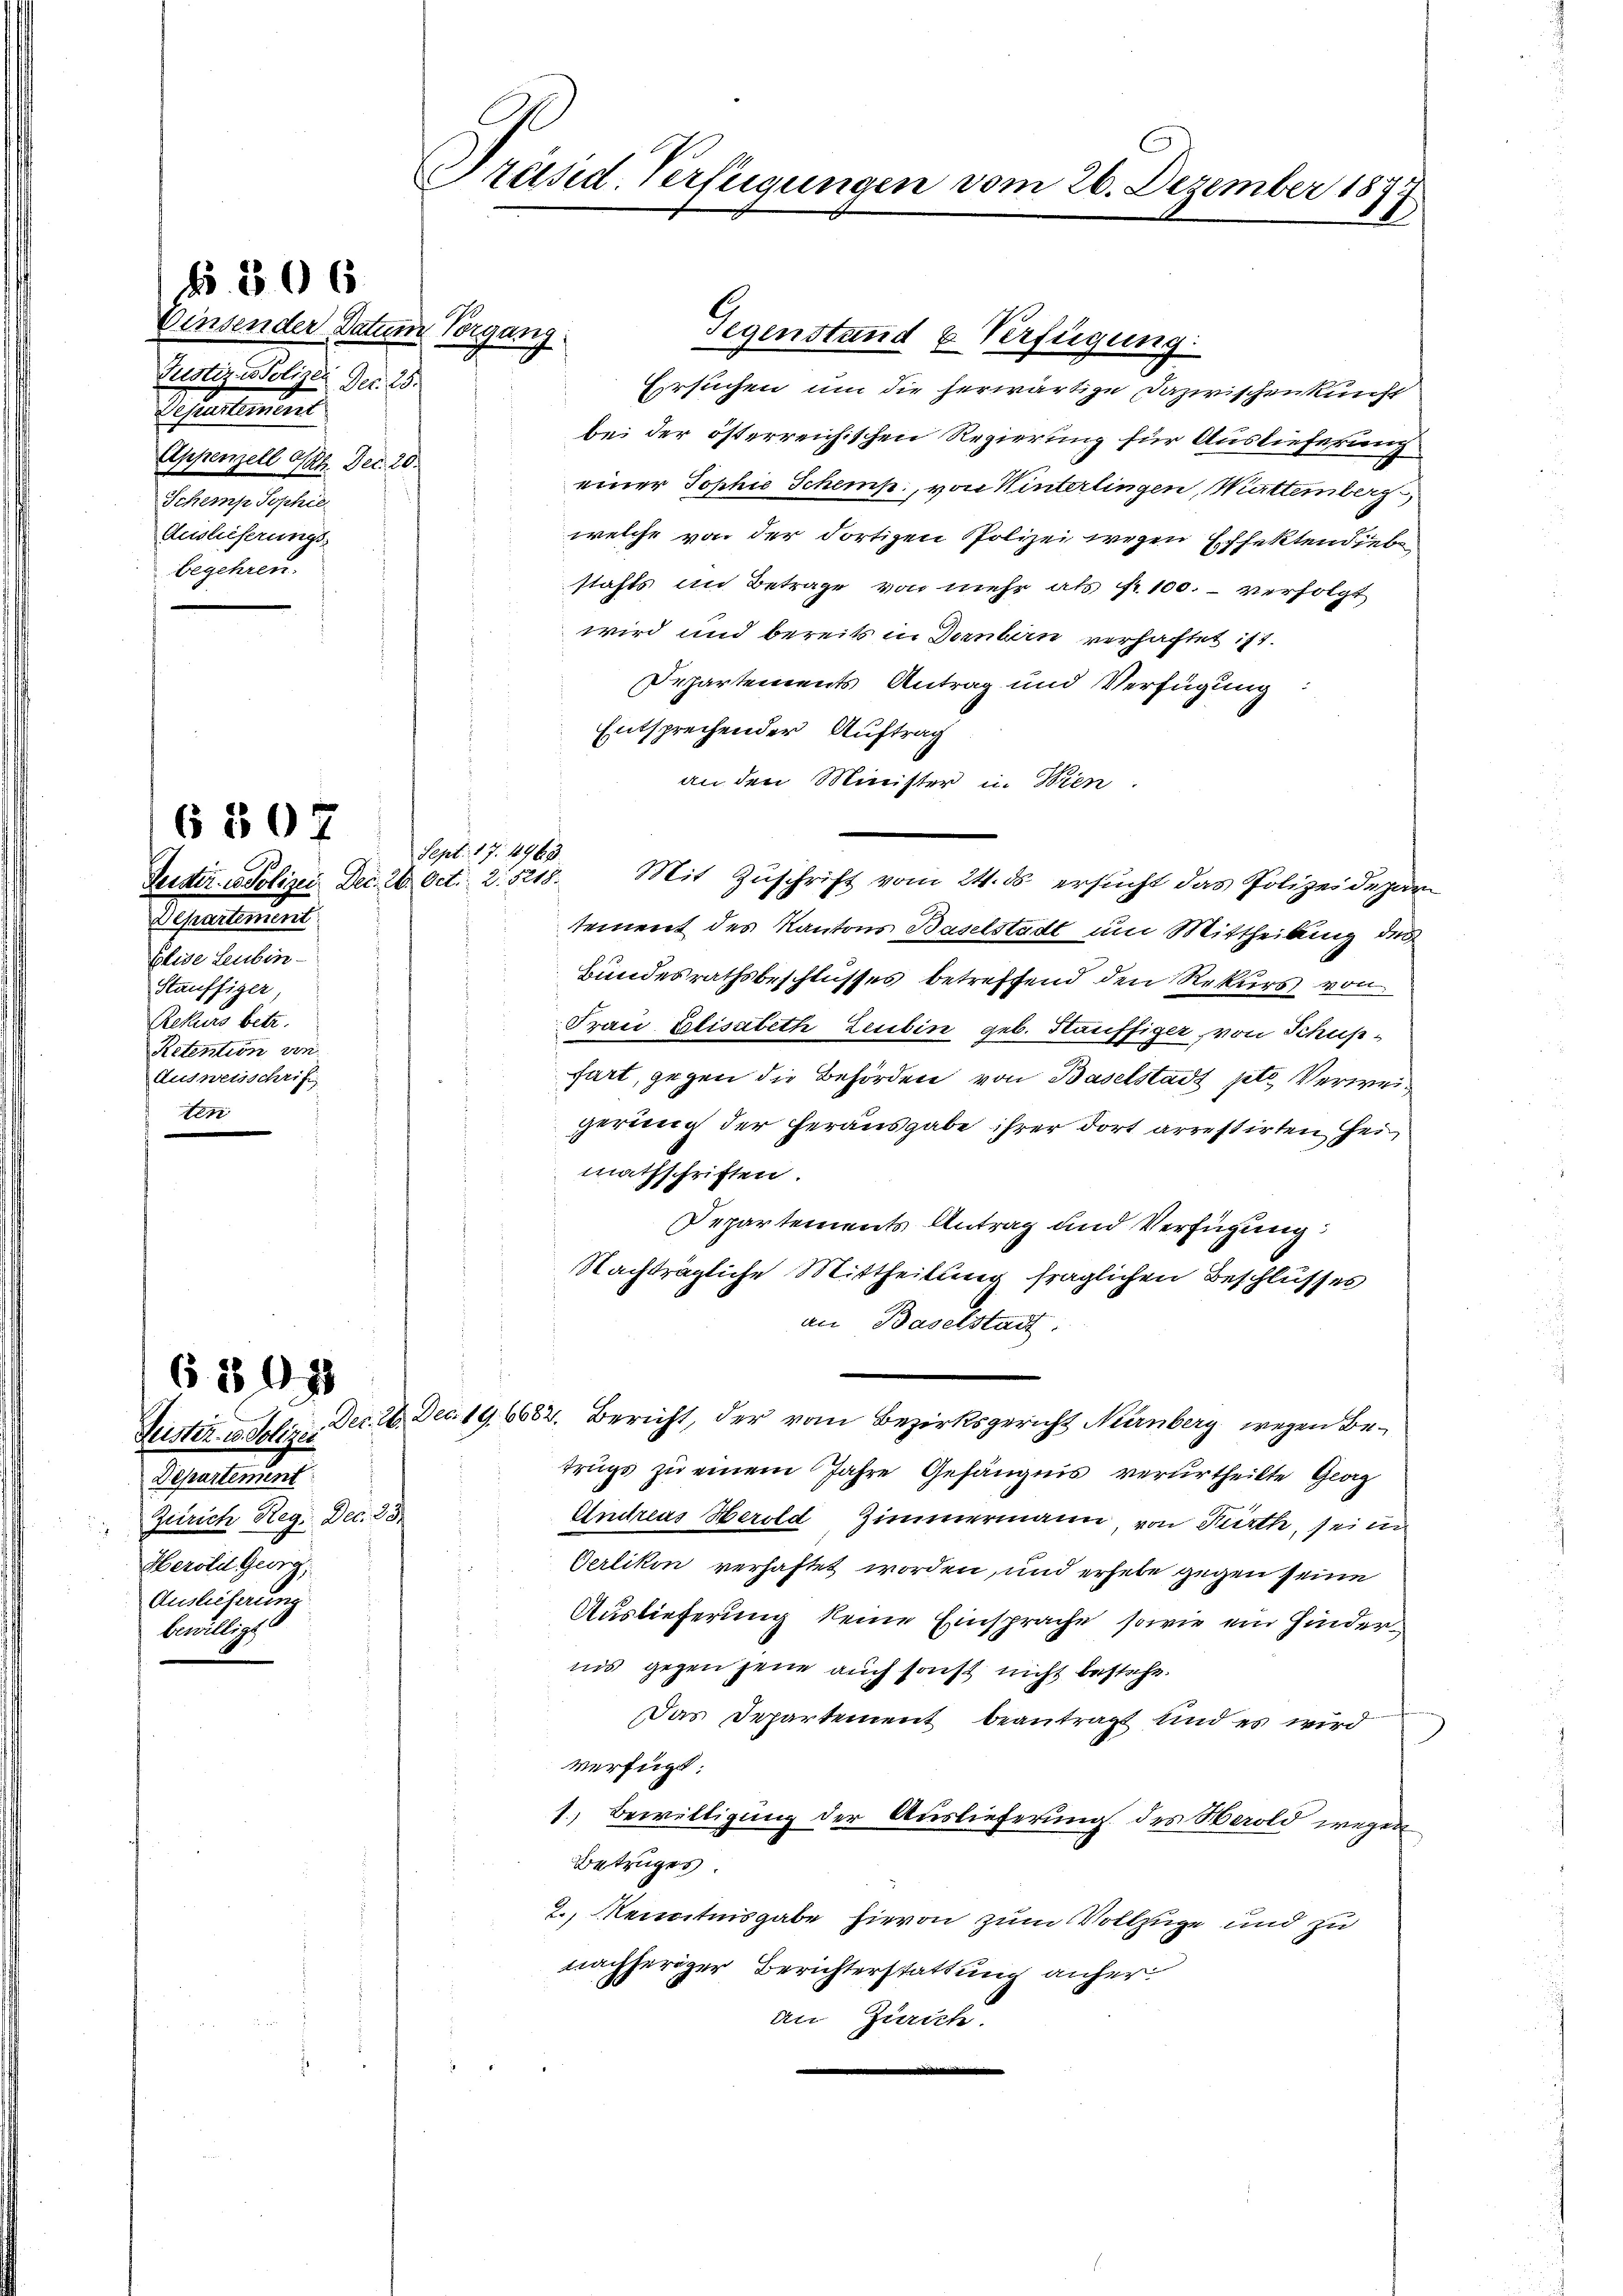
N 306

binsender Datum Vorgang
Justiz & Polizei. Der. 25.
Scheulement
Appenzell I/Rh. Dec. 20.
Schem Sophie
Ausließerungs-
begehren.

6807

§ 30 x

Departement
Zürich Reg. Dec. 23.
Herold Georg,
Auslieferung
bewillige

Präsid. Verfügungen vom 26. Dezember 1877

Schaltun
blide Leubin¬
Stauffiger,
Resaus betr.
Retention von
Ausweisschrift

Sept. 17. 4963.

Gegenstand u Verfügung.
Ersuchen um die herwärtige Dazwischenkunft
bei der österreichischen Regierung für Auslieferung
einer Sophie Schemp., von Winterlingen, Mutternberg
welche von der dortigen Polizei wegen Effektendieben
stahls im Betrage von mehr als Nr. 100. – verfolgt
wird und bereits in Dernbern verhaftet ist.
Departements Antrag und Verfügung:
Entsprechender Auftrag
an den Minister in Wien.
tement des Kantons Baselstadt um Mittheilung des
Bundesrathsbeschlusses betreffend den Rekurs von
Frau Elisabeth Leubin geb. Häuffiger, von Schusfart, gegen die Behörden von Baselstadt pto Verweigerung der herausgabe ihrer dort arrestirten Hei
mathschriften.
Departements Antrag und Verfügung:
Nachträgliche Mittheilung fraglichen Beschlusses
an Baselstadt.
Justiz u. Solen. Dec. 26. Dec. 19. 6682. Bericht, der vom Bezirksgericht Nürnberg wegen Betrugs zu einem Jahre Gefängnis verurtheilte Georg
Andreas Herold Zimmermann, von Kurth, sei in
Gerlikon verhaftet worden, und erhebe gegen seine
Auslieferung keine Einsprache, sowie ein Hinderiis gegen jene auch sonst nicht bestehe.
Das Departement beantragt und es wird
verfügt:
1.) Bewilligung der Auslieferung des Herold wegen
Betruges.
2., Kenntnisgabe hievon zum Vollzüge und zu
nachheriger Berichterstattung anher
an Zürich.

Justiz- & Polizei Dec. 20. Oct. 2. 5218. Mit Zŭschrift vom 24. ds. ersucht das Polizeidepar